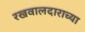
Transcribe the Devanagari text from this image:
रखवालदाराच्या